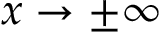
x \rightarrow \pm \infty